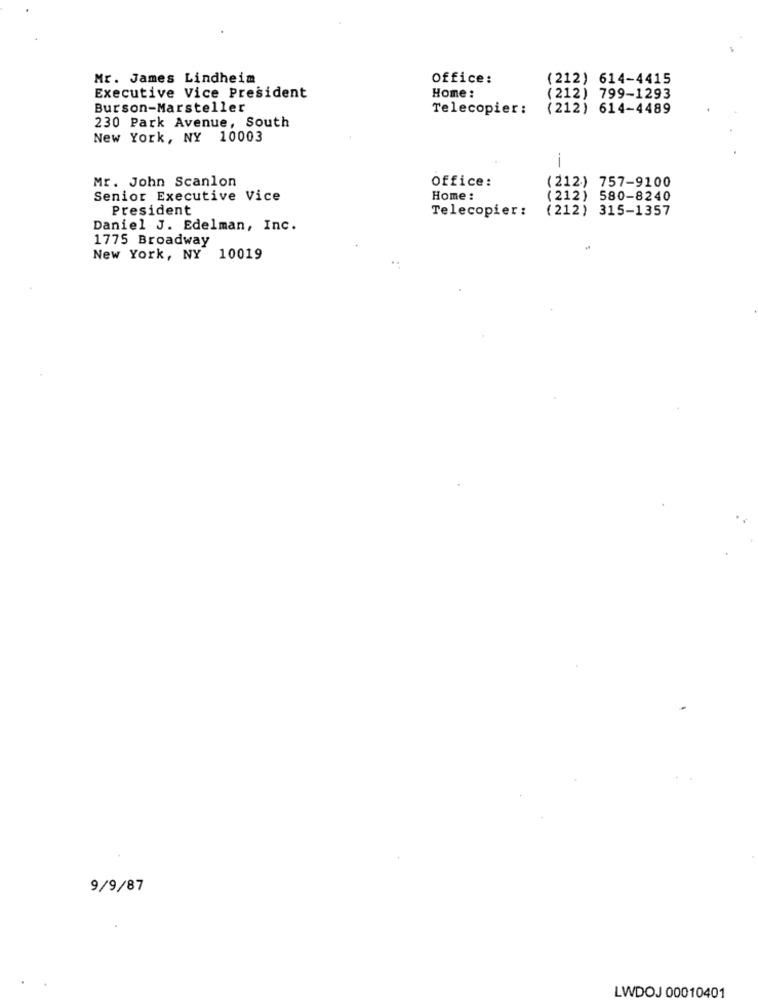
Mr. James Lindheim
Office:
(212) 614-4415
Home:
Executive Vice President
(212) 799-1293
Burson-Marsteller
Telecopier:
(212) 614-4489
230 Park Avenue, South
New York, NY 10003
Mr. John Scanlon
Office:
(212) 757-9100
Senior Executive Vice
Home :
(212) 580-8240
President
Telecopier :
(212) 315-1357
Daniel J. Edelman, Inc.
1775 Broadway
New York, NY 10019
9/9/87
LWDOJ 00010401